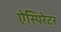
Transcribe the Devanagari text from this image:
ऐस्पिरेटर